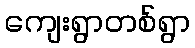
ကျေးရွာတစ်ရွာ